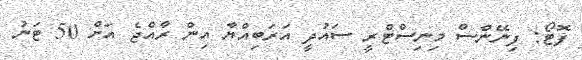
ފޮޓޯ: ފިނޭންސް މިނިސްޓްރީ ސައުދީ އަރަބިއްޔާ އިން ރާއްޖެ އަށް 50 ޓަނު